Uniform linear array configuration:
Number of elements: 16
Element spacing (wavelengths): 0.75
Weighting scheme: hann
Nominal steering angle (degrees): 15
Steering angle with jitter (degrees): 15.661
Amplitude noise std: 0.05
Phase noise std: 0.05

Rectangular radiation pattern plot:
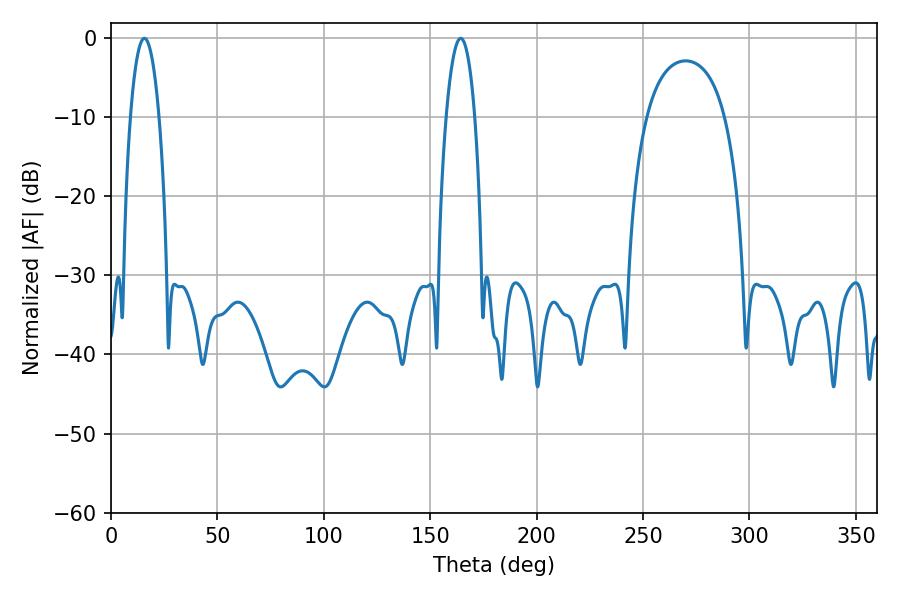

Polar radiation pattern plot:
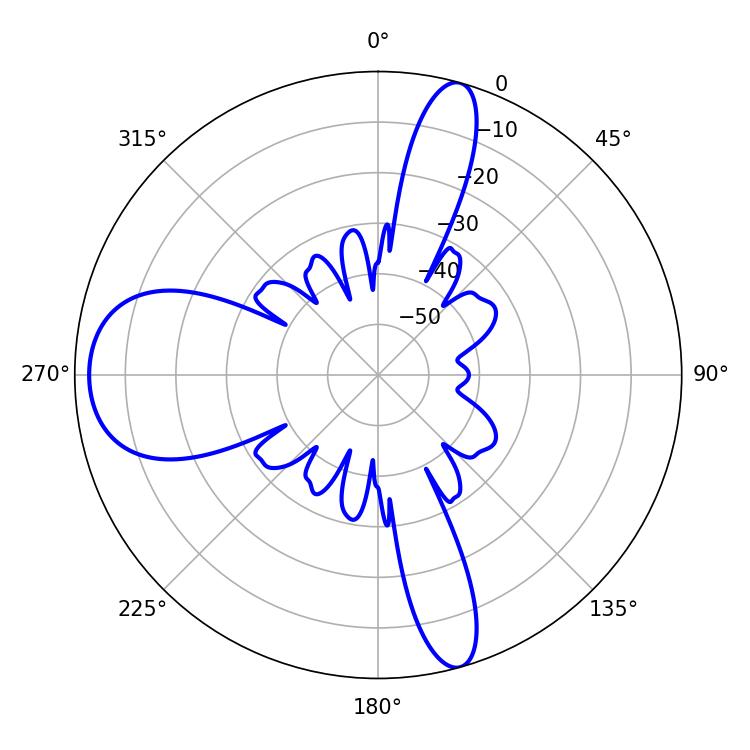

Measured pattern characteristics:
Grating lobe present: TRUE
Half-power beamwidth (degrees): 7.38
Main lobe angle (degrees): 15.66